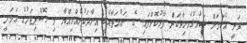
ވަނީ އެކަމަށް ޝައުޤުވެރިވާކަން ފާޅުކޮށްފައި. ގެ ރަޙުމަތާއެކީ އިރާދަކުރެއްވިއްޔާ މި ހޮސްޕިޓަލުގެ ޢަމަލީ